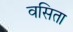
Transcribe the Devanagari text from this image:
वसिता